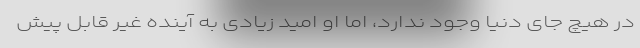
در هیچ جای دنیا وجود ندارد، اما او امید زیادی به آینده غیر قابل پیش